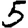
Digit: 5